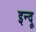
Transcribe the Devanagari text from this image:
इन्‍दू